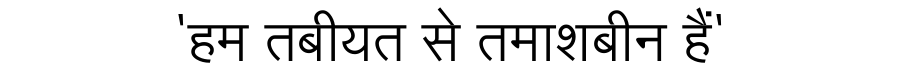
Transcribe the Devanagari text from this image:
'हम तबीयत से तमाशबीन हैं'